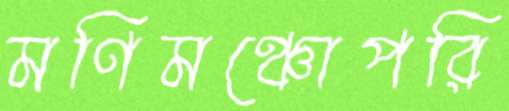
মণিমঞ্চোপরি